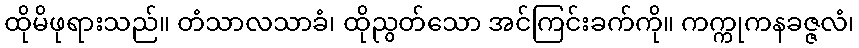
ထိုမိဖုရားသည်။ တံသာလသာခံ၊ ထိုညွတ်သော အင်ကြင်းခက်ကို။ ကက္ကုကနခဇ္ဇလံ၊